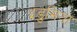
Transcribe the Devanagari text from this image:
इडुमिया